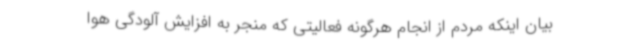
بیان اینکه مردم از انجام هرگونه فعالیتی که منجر به افزایش آلودگی هوا